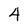
Character: 4